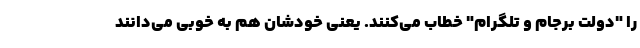
را "دولت برجام و تلگرام" خطاب می‌کنند. یعنی خودشان هم به خوبی می‌دانند